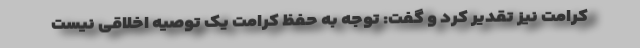
کرامت نیز تقدیر کرد و گفت: توجه به حفظ کرامت یک توصیه اخلاقی نیست